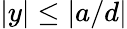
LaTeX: |y|\leq|a/d|